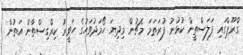
ގްރޫޕްގައި ފަލަސްތީން ކުޅުނު ފުރަތަމަ މެޗުން މިދިޔަ ހޯމަދުވަހުގެ ހަވީރު ކިރްގިސްތާން އަތުން